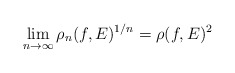
\begin{align*}\lim_{n\to\infty}\rho_n(f, E)^{1/n}=\rho(f, E)^2\end{align*}